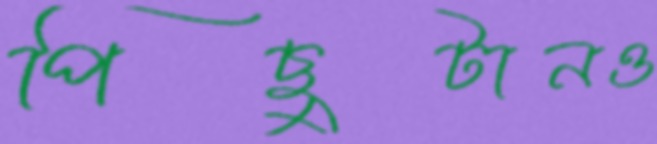
পিছুটানও